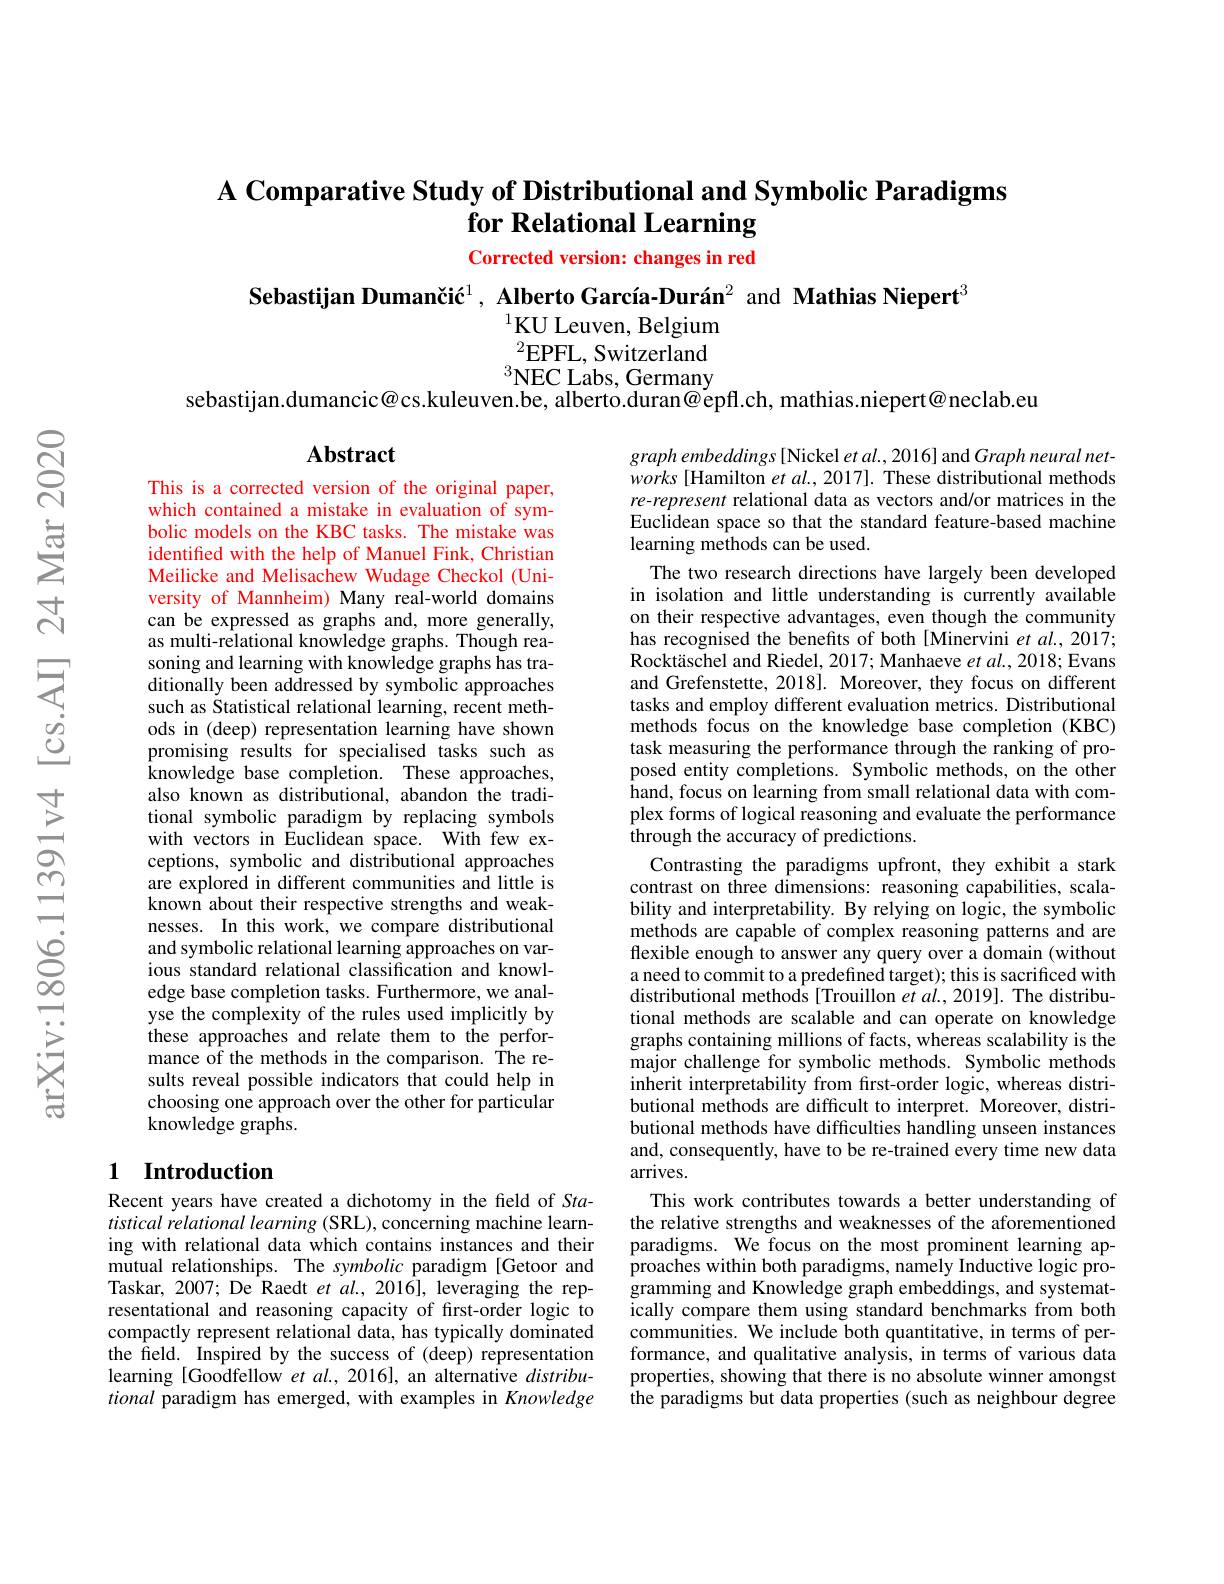
# $\textbf{A Comparative Study of Distributional and Symbolic Paradigms}$ for Relational Learning

Corrected version: changes in red

Sebastijan Dumančić$^{1}$, Alberto García-Durán$^{2}$ and Mathias Niepert$^{3}$

$^{1}$KU Leuven, Belgium $^{2}$EPFL, Switzerland $^3$NEC Labs, Germany
sebastijan.dumancic@cs.kuleuven.be, alberto.duran@épfl.ch, mathias.niepert@neclab.eu

Abstract

This is a corrected version of the original paper, which contained a mistake in evaluation of symbolic models on the KBC tasks. The mistake was identified with the help of Manuel Fink, Christian Meilicke and Melisachew Wudage Checkol (University of Mannheim) Many real-world domains can be expressed as graphs and, more generally, as multi-relational knowledge graphs. Though reasoning and learning with knowledge graphs has traditionally been addressed by symbolic approaches such as Statistical relational learning, recent methods in (deep) representation learning have shown promising results for specialised tasks such as knowledge base completion. These approaches, also known as distributional, abandon the traditional symbolic paradigm by replacing symbols with vectors in Euclidean space. With few exceptions, symbolic and distributional approaches are explored in different communities and little is known about their respective strengths and weaknesses. In this work, we compare distributional and symbolic relational learning approaches on various standard relational classification and knowledge base completion tasks. Furthermore, we analyse the complexity of the rules used implicitly by these approaches and relate them to the performance of the methods in the comparison. The results reveal possible indicators that could help in choosing one approach over the other for particular knowledge graphs.

$graphembeddings[$Nickel et al., 2016] and Graph neural networks [Hamilton et al., 2017]. These distributional methods re-represent relational data as vectors and/or matrices in the Euclidean space so that the standard feature-based machine learning methods can be used.
The two research directions have largely been developed in isolation and little understanding is currently available on their respective advantages, even though the community has recognised the benefits of both [Minervini et al., 2017; Rocktäschel and Riedel, 2017; Manhaeve $et\textit{al. , 2018; Evans}$ and Grefenstette, 2018]. Moreover, they focus on different tasks and employ different evaluation metrics. Distributional methods focus on the knowledge base completion (KBC) task measuring the performance through the ranking of proposed entity completions. Symbolic methods, on the other hand, focus on learning from small relational data with complex forms of logical reasoning and evaluate the performance through the accuracy of predictions.
Contrasting the paradigms upfront, they exhibit a stark contrast on three dimensions: reasoning capabilities, scalability and interpretability. By relying on logic, the symbolic methods are capable of complex reasoning patterns and are flexible enough to answer any query over a domain (without a need to commit to a predefined target); this is sacrificed with distributional methods[Trouillon $etal.,2019].$ The distributional methods are scalable and can operate on knowledge graphs containing millions of facts, whereas scalability is the major challenge for symbolic methods. Symbolic methods inherit interpretability from frst-order logic, whereas distributional methods are difficult to interpret. Moreover, distributional methods have difficulties handling unseen instances and, consequently, have to be re-trained every time new data arrives.
This work contributes towards a better understanding of the relative strengths and weaknesses of the aforementioned paradigms. We focus on the most prominent learning approaches within both paradigms, namely Inductive logic programming and Knowledge graph embeddings, and systematically compare them using standard benchmarks from both communities. We include both quantitative, in terms of performance, and qualitative analysis, in terms of various data properties, showing that there is no absolute winner amongst the paradigms but data properties (such as neighbour degree

## 1 Introduction

Recent years have created a dichotomy in the field of Sta- $tistical\textit{relational learning ( SRL) , concerning machine learn- }$ ing with relational data which contains instances and their mutual relationships. The symbolic paradigm [Getoor and Taskar, 2007; De Raedt et $al.,2016]$, leveraging the representational and reasoning capacity of first-order logic to compactly represent relational data, has typically dominated the field. Inspired by the success of (deep) representation learning [Goodfellow et al., 2016], an alternative $distribu-$ tional paradigm has emerged, with examples in Knowledge